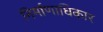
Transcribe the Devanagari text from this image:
निर्माणाधिकार